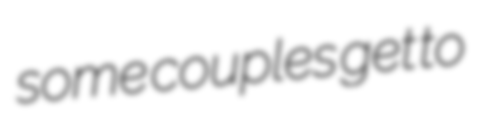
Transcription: some couples get to